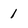
Character: 1